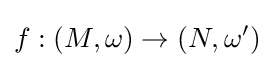
f:(M,\omega )\rightarrow (N,\omega ')